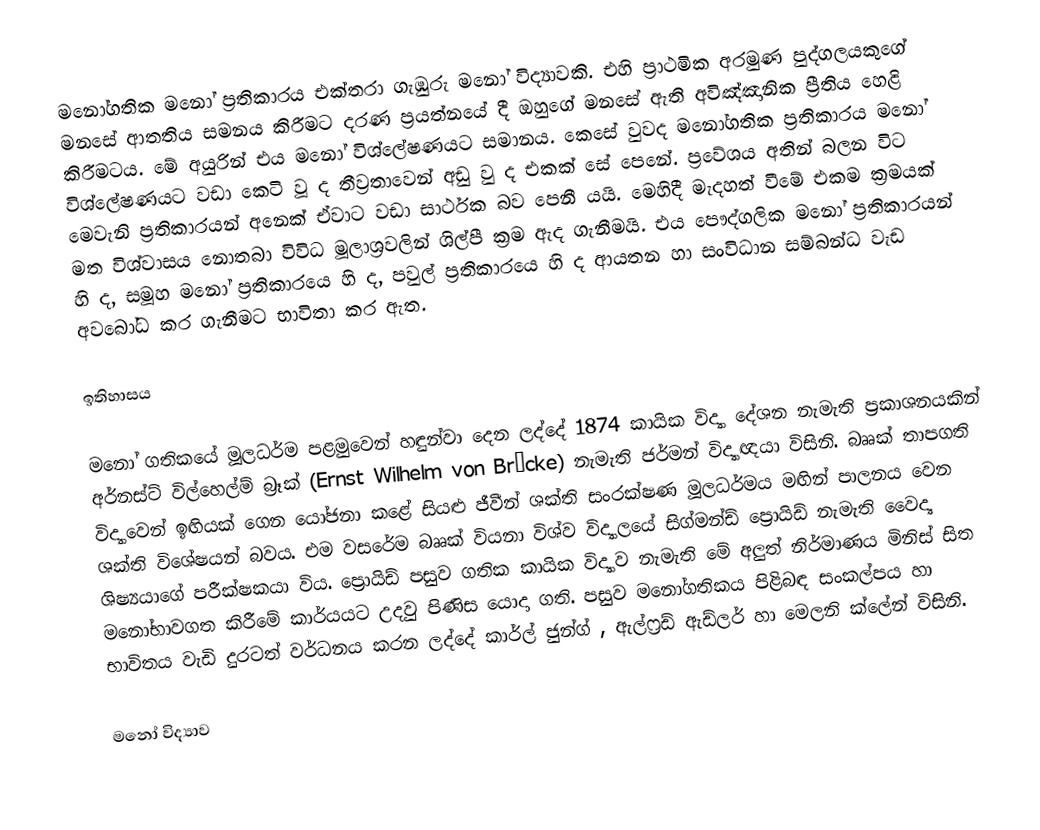
මනෝගතික මනෝ ප්‍රතිකාරය එක්තරා ගැඹුරු මනෝ විද්‍යාවකි. එහි ප්‍රාථමික අරමුණ පුද්ගලයකුගේ මනසේ ආතතිය සමනය කිරීමට දරණ ප්‍රයත්නයේ දී ඔහුගේ මනසේ ඇති අවිඤ්ඤානික ප්‍රීතිය හෙළි කිරීමටය. මේ අයුරින් එය මනෝ විශ්ලේෂණයට සමානය. කෙසේ වුවද මනෝගතික ප්‍රතිකාරය මනෝ විශ්ලේෂණයට වඩා කෙටි වූ ද තීව්‍රතාවෙන් අඩු වු ද එකක් සේ පෙනේ. ප්‍රවේශය අතින් බලන විට මෙවැනි ප්‍රතිකාරයන් අනෙක් ඒවාට වඩා සාර්ථක බව පෙනී යයි. මෙහිදී මැදහත් වීමේ එකම ක්‍රමයක් මත විශ්වාසය නොතබා විවිධ මූලාශ්‍රවලින් ශිල්පී ක්‍රම ඇද ගැනීමයි. එය පෞද්ගලික මනෝ ප්‍රතිකාරයන් හි ද, සමූහ මනෝ ප්‍රතිකාරයෙ හි ද, පවුල් ප්‍රතිකාරයෙ හි ද ආයතන හා සංවිධාන සම්බන්ධ වැඩ අව‍බෝධ කර ගැනීමට භාවිතා කර ඇත.

ඉතිහාසය

මනෝ ගතිකයේ මූලධර්ම පළමුවෙන් හඳුන්වා දෙන ලද්දේ 1874 කායික විද්‍යා දේශන නැමැති ප්‍රකාශනයකින් අර්නස්ට් විල්හෙල්ම් බ්‍රෑක් (Ernst Wilhelm von Brücke) නැමැති ජර්මන් විද්‍යාඥයා විසිනි. බෲක් තාපගති විද්‍යාවෙන් ඉඟියක් ගෙන යෝජනා කළේ සියළු ජීවීන් ශක්ති සංරක්ෂණ මූලධර්මය මඟින් පාලනය වෙන ශක්ති විශේෂයන් බවය. එම වසරේම බෲක් වියනා විශ්ව විද්‍යාලයේ සිග්මන්ඩ් ප්‍රොයිඩ් නැමැති වෛද්‍ය ශිෂ්‍යයාගේ පරීක්ෂකයා විය. ප්‍රොයිඩ් පසුව ගතික කායික විද්‍යාව නැමැති මේ අලුත් නිර්මාණය මිනිස් සිත මනෝභාවගත කිරීමේ කාර්යයට උදවු පිණිස යොදා ගති. පසුව මනෝගතිකය පිළිබඳ සංකල්පය හා භාවිතය වැඩි දුරටත් වර්ධනය කරන ලද්දේ කාර්ල් ජුන්ග් , ඇල්ෆ්‍රඩ් ඇඩ්ලර්  හා මෙලනි ක්ලේන් විසිනි.

මනෝ විද්‍යාව